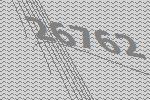
26762